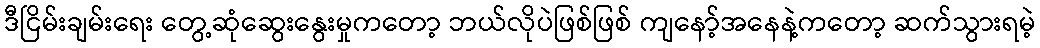
ဒီငြိမ်းချမ်းရေး တွေ့ဆုံဆွေးနွေးမှုကတော့ ဘယ်လိုပဲဖြစ်ဖြစ် ကျနော့်အနေနဲ့ကတော့ ဆက်သွားရမဲ့